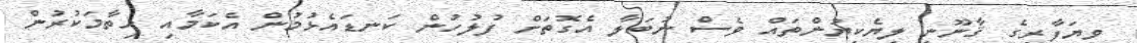
ވިޔަފާރީގެ ޤާނޫނީ ލިޔެކިޔުންތައް ވެސް ނުބަލާ އެގޮތަށް ފުލުހުން ކަނޑައެޅުމުން އެކަމާއި ހިތާމަކުރުން